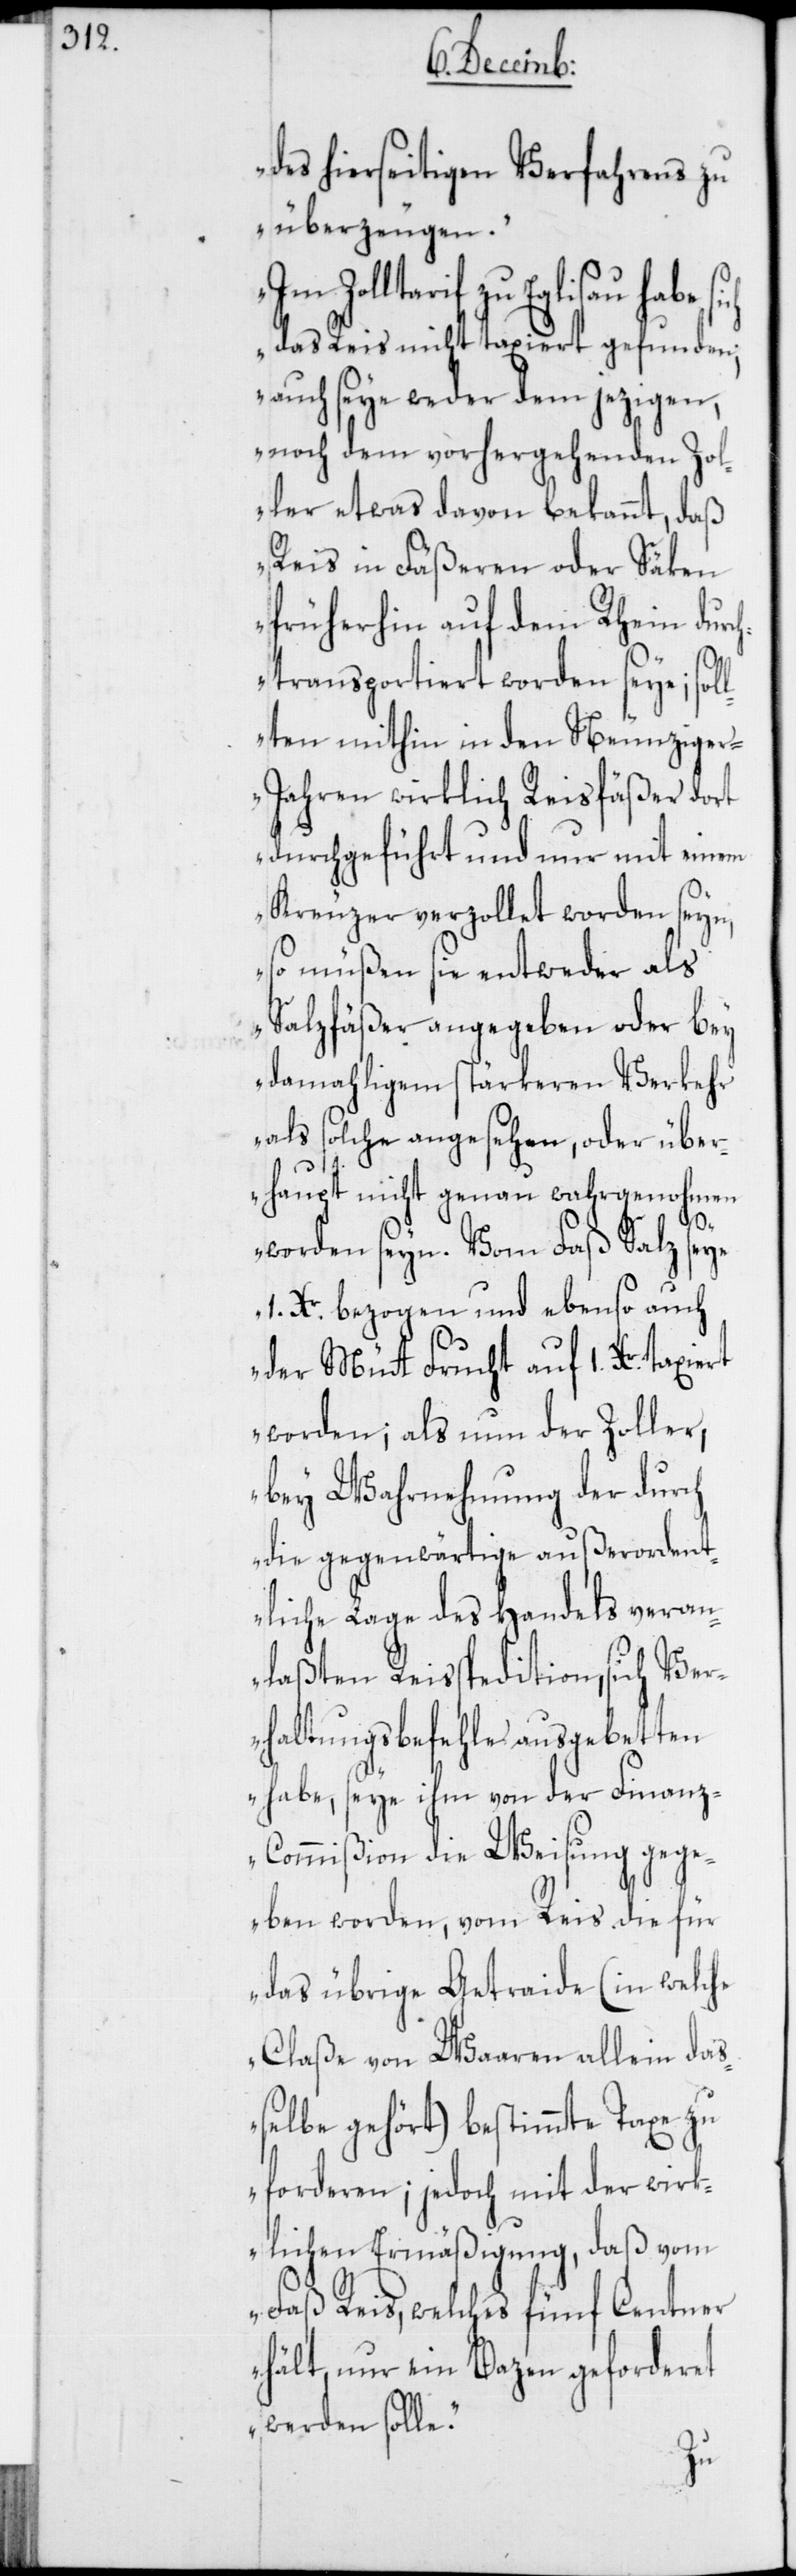
des hierseitigen Verfahrens zu
überzeugen.
Zolltarif zu Eglisau habe
das Reis nicht taxiert gefunden;
auch seye weder dem jezigen,
noch dem vorhergehenden Zol¬
ler etwas davon bekannt, daß
Reis in Fäßeren oder Säken
früherhin auf dem Rhein durc¬
htransportiert worden seye; sol¬
lten mithin in den Neunzige¬
r-Jahren wirklich Reisfäßer dort
durchgeführt und nur mit einem
Kreuzer verzollet worden seyn,
so müßen sie entweder als
Salzfäßer angegeben oder bey
damahligem stärkeren Verkehr
als solche angesehen, oder über¬
haupt nicht genau wahrgenohmen
worden seyn. Vom Faß Salz sey¬
e1. Xr. bezogen und ebenso auch
der Mütt Frucht auf 1. Xr.
worden; als nun der Zoller,
bey Wahrnehmung der durch
die gegenwärtige außerordent¬
liche Lage des Handels veran¬
laßten Reisspedition, sich Ve¬
rhaltungsbefehle ausgebetten
habe, seye ihm von der Finanz-C¬
ommißion die Weisung gege¬
ben worden, vom Reis die für
das übrige Getraide (in welche
Claße von Waaren allein das¬
selbe gehört) bestimmte Taxe zu
forderen; jedoch mit der wirk¬
lichen Ermäßigung, daß vom
Faß Reis, welches fünf Centner
hält, nur ein Bazen geforderet
werden solle.